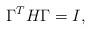
LaTeX: \begin{align*}{\Gamma}^T H {\Gamma}=I ,\end{align*}